Annual report of the Civil Veterinary Department, Bengal, and of the Bengal Veterinary College, for the year 1902-1903 - 1902-1903
Year: 1902
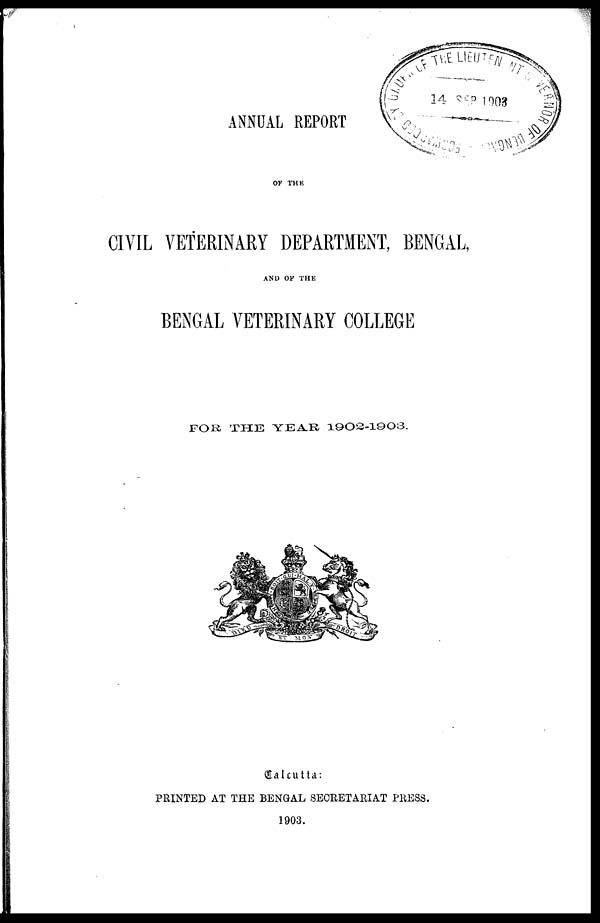
ANNUAL REPORT
OF THE
CIVIL VETERINARY DEPARTMENT, BENGAL,
AND OF THE
BENGAL VETERINARY COLLEGE
FOR THE YEAR 1902-1903.
Calcutta:
PRINTED AT THE BENGAL SECRETARIAT PRESS.
1903.